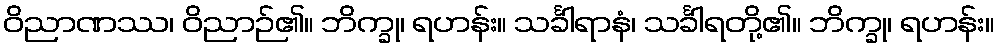
ဝိညာဏဿ၊ ဝိညာဉ်၏။ ဘိက္ခု၊ ရဟန်း။ သင်္ခါရာနံ၊ သင်္ခါရတို့၏။ ဘိက္ခု၊ ရဟန်း။